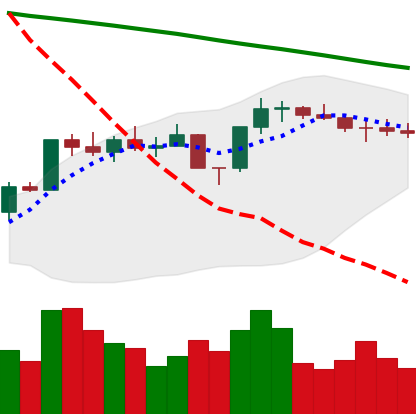
Ticker: ETH-USD
Chart end date: 2022-08-04
Forward return: 5.896%
Label: up_5_7